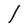
Character: l